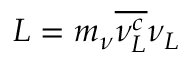
{ \cal L } = m _ { \nu } \overline { { { \nu _ { L } ^ { c } } } } \nu _ { L }